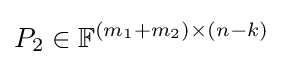
P_{2}\in \mathbb {F} ^{(m_{1}+m_{2})\times (n-k)}